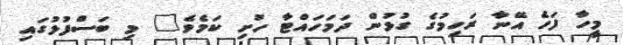
މީހާ ފަހެ އޭނާ ރަހިމުގެ ގުޅުން ދަމަހައްޓާ ހުށި ކަމެވެ" މި ބަސްފުޅުގައި